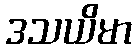
ဒသယိမာ